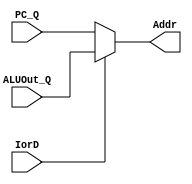
`timescale 1ns / 1ps

module mux1(
  input IorD,
  input [31:0] PC_Q,
  input [31:0] ALUOut_Q,
  output [31:0] Addr
    );
  assign Addr=(IorD==0)? PC_Q:ALUOut_Q; 
endmodule